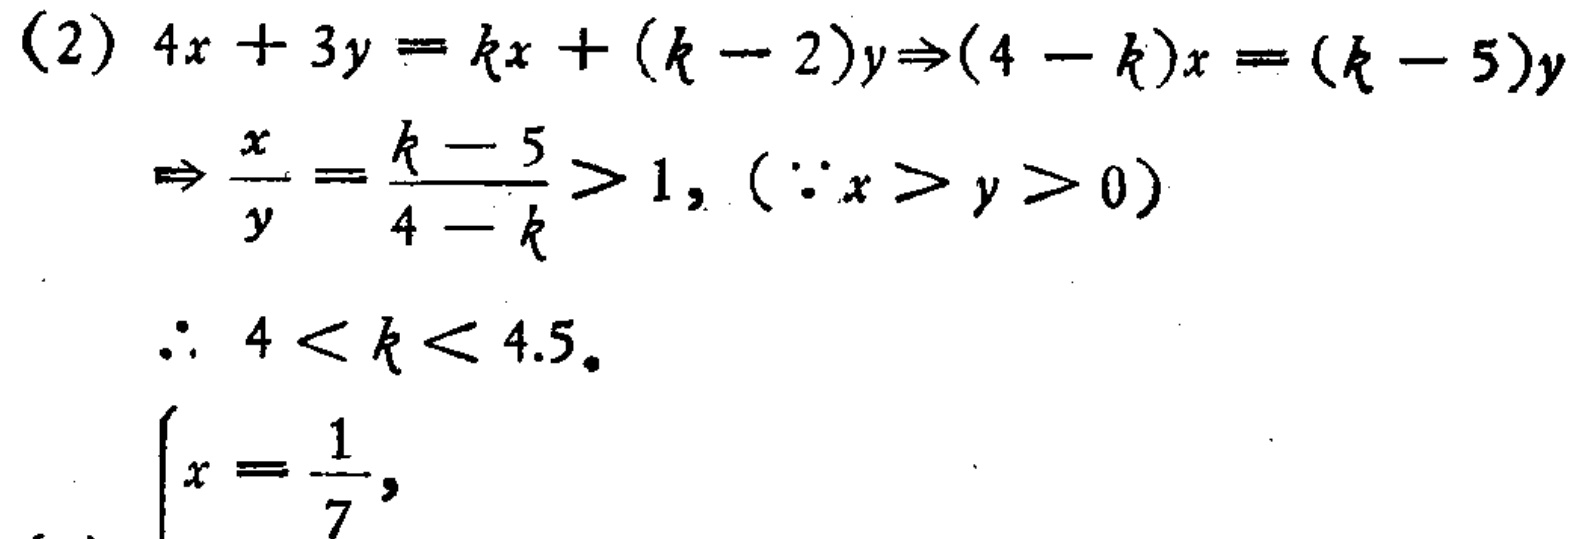
\begin{align*}
&(2)\ 4x + 3y = kx + (k - 2)y\Rightarrow(4 - k)x = (k - 5)y\\
&\Rightarrow\frac{x}{y}=\frac{k - 5}{4 - k}>1, (\because x > y > 0)\\
&\therefore\ 4 < k < 4.5.\\
&\begin{cases}
x=\frac{1}{7},
\end{cases}
\end{align*}